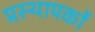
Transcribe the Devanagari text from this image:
प्रस्थापकों